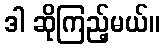
ဒါ ဆိုကြည့်မယ်။